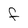
Character: F